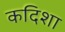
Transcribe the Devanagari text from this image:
कदिशा